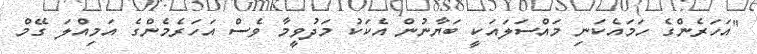
"އަހަރެންގެ ހަމައެކަނި މައްސަލައަކީ ބަޔާނުން އެކަކު މަދުވީމާ ވެސް އަހަރެެމެންގެ އަމިއްލަ ގޭމް